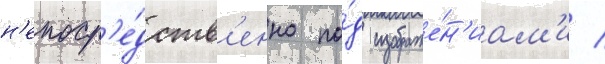
н'епоср'е́дств'енно по́д изображе́н'иам'и /